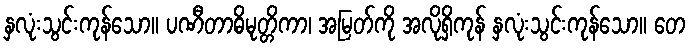
နှလုံးသွင်းကုန်သော။ ပဏီတာဓိမုတ္တိကာ၊ အမြတ်ကို အလိုရှိကုန် နှလုံးသွင်းကုန်သော။ တေ